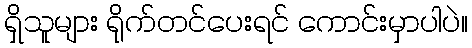
ရှိသူများ ရိုက်တင်ပေးရင် ကောင်းမှာပါပဲ။